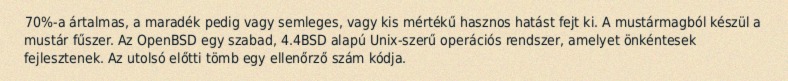
70%-a ártalmas, a maradék pedig vagy semleges, vagy kis mértékű hasznos hatást fejt ki. A mustármagból készül a mustár fűszer. Az OpenBSD egy szabad, 4.4BSD alapú Unix-szerű operációs rendszer, amelyet önkéntesek fejlesztenek. Az utolsó előtti tömb egy ellenőrző szám kódja.